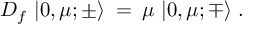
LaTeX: D _ { f } \, \left| 0 , \mu ; \pm \rangle \right. \, = \, \mu \, \left| 0 , \mu ; \mp \rangle \right. .